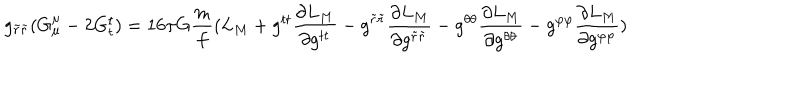
LaTeX: g _ { \tilde { r } \tilde { r } } ( G _ { \mu } ^ { \mu } - 2 G _ { t } ^ { t } ) = 1 6 \pi G \frac { m } { f } ( L _ { M } + g ^ { t t } \frac { \partial L _ { M } } { \partial g ^ { t t } } - g ^ { \tilde { r } \tilde { r } } \frac { \partial L _ { M } } { \partial g ^ { \tilde { r } \tilde { r } } } - g ^ { \theta \theta } \frac { \partial L _ { M } } { \partial g ^ { \theta \theta } } - g ^ { \varphi \varphi } \frac { \partial L _ { M } } { \partial g ^ { \varphi \varphi } } )